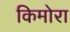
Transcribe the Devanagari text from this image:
किमोरा